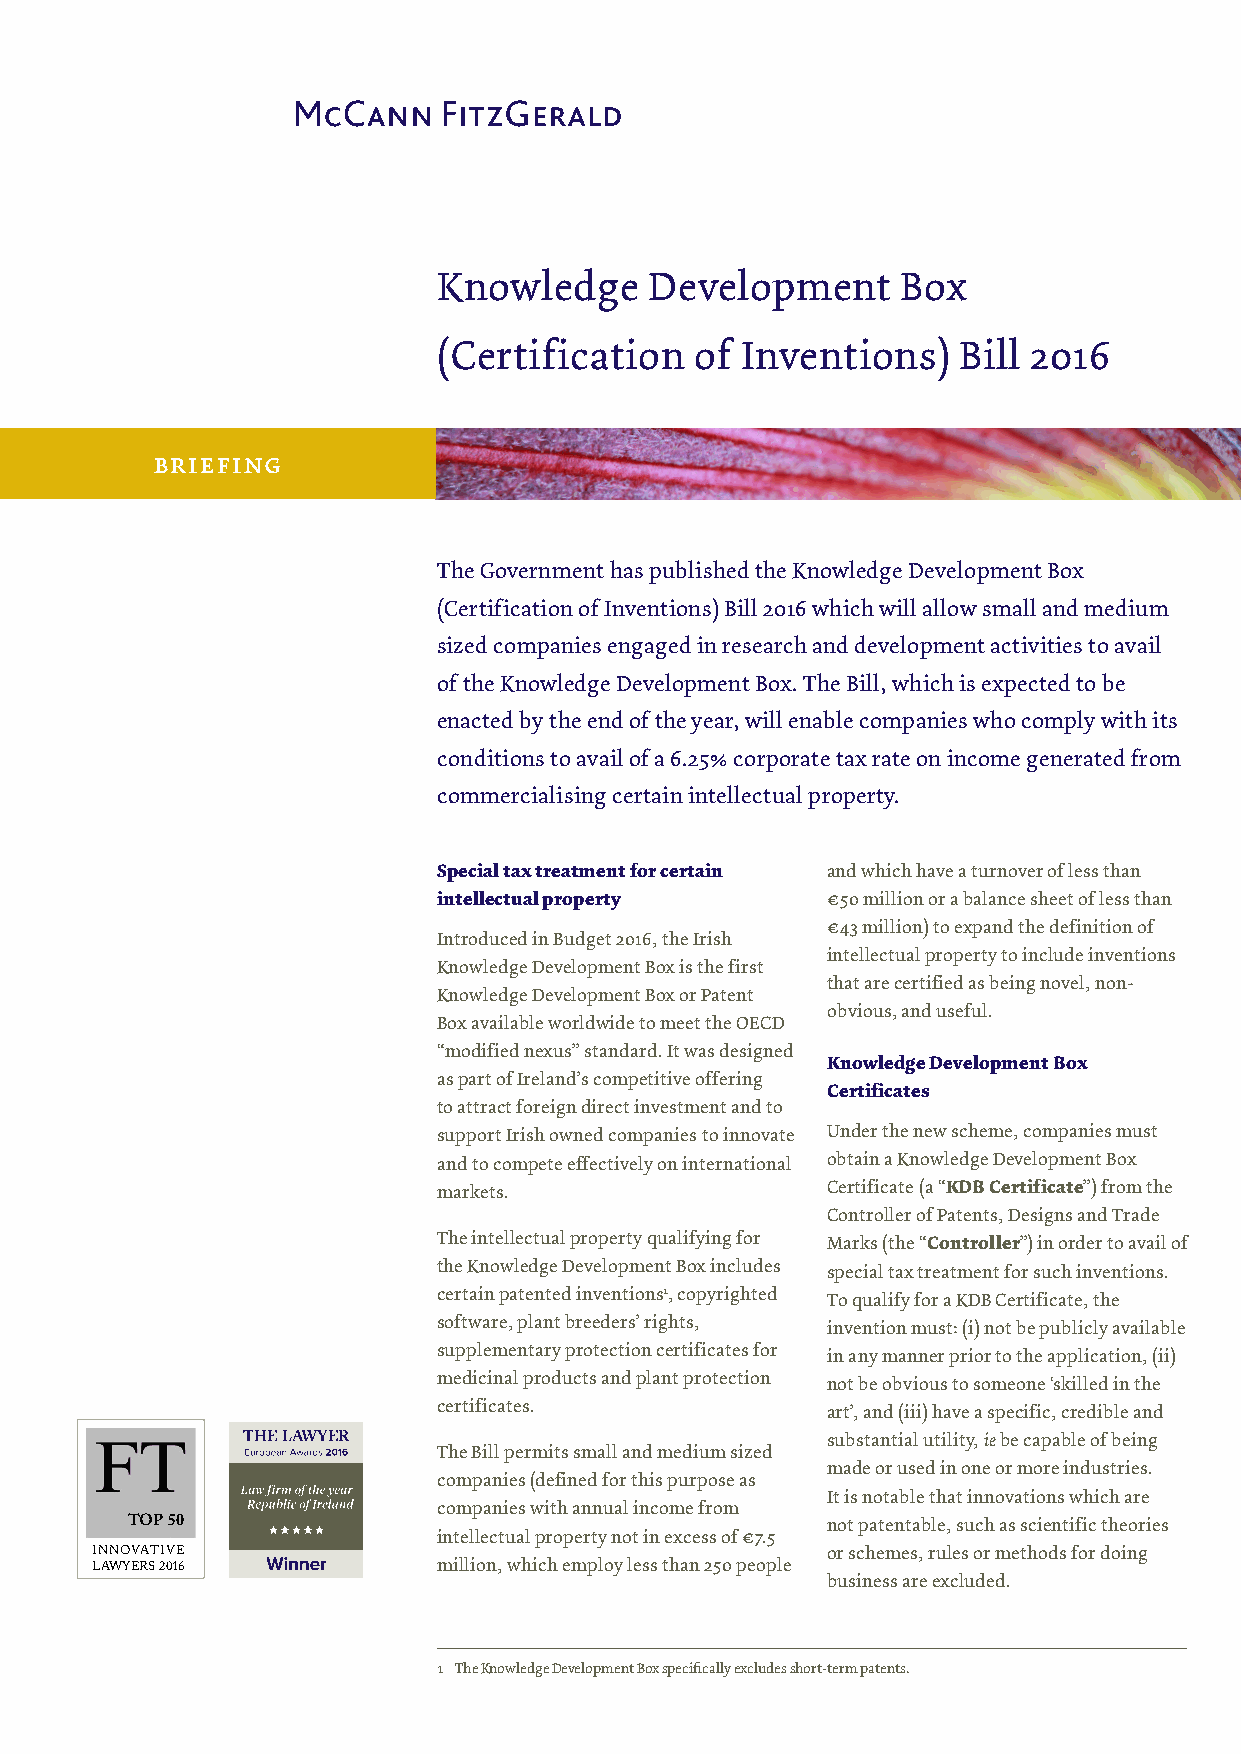
Knowledge     Development      Box
 (Certification   of Inventions)   Bill 2016
 briefing
 The Government has published the Knowledge Development Box
 (Certification of Inventions) Bill 2016 which will allow small and medium
 sized companies engaged in research and development activities to avail
 of the Knowledge Development Box. The Bill, which is expected to be
 enacted by the end of the year, will enable companies who comply with its
 conditions to avail of a 6.25% corporate tax rate on income generated from
 commercialising certain intellectual property.
 Special tax treatment for certain and which have a turnover of less than
 intellectual property     €50 million or a balance sheet of less than
 €43 million) to expand the definition of
 Introduced in Budget 2016, the Irish
 intellectual property to include inventions
 Knowledge Development Box is the first
 that are certified as being novel, non-
 Knowledge Development Box or Patent
 obvious, and useful.
 Box available worldwide to meet the OECD
 “modified nexus” standard. It was designed
 Knowledge Development Box
 as part of Ireland’s competitive offering
 Certificates
 to attract foreign direct investment and to
 support Irish owned companies to innovate Under the new scheme, companies must
 and to compete effectively on international obtain a Knowledge Development Box
 markets.                  Certificate (a “KDB Certificate”) from the
 Controller of Patents, Designs and Trade
 The intellectual property qualifying for Marks (the “Controller”) in order to avail of
 the Knowledge Development Box includes special tax treatment for such inventions.
 certain patented inventions1, copyrighted To qualify for a KDB Certificate, the
 software, plant breeders’ rights, invention must: (i) not be publicly available
 supplementary protection certificates for in any manner prior to the application, (ii)
 medicinal products and plant protection not be obvious to someone ‘skilled in the
 certificates.             art’, and (iii) have a specific, credible and
 substantial utility, ie be capable of being
 The Bill permits small and medium sized
 made or used in one or more industries.
 companies (defined for this purpose as
 It is notable that innovations which are
 companies with annual income from
 TOP 50                                         not patentable, such as scientific theories
 intellectual property not in excess of €7.5
 INNOVATIVE                                       or schemes, rules or methods for doing
 million, which employ less than 250 people
 LAWYERS 2016
 business are excluded.
 1 The Knowledge Development Box specifically excludes short-term patents.